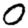
Digit: 0